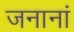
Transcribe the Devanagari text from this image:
जनानां